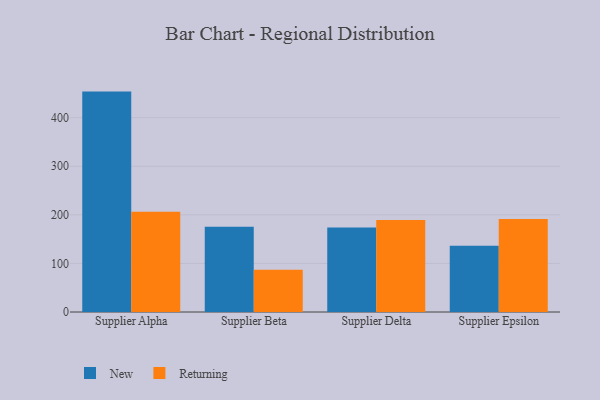
{"axis": {"x": "Supplier", "y": "Tickets Resolved"}, "legend": ["New", "Returning"], "data": [{"x": "Supplier Alpha", "y": 453.7, "type": "New"}, {"x": "Supplier Alpha", "y": 206.2, "type": "Returning"}, {"x": "Supplier Beta", "y": 175.6, "type": "New"}, {"x": "Supplier Beta", "y": 87.0, "type": "Returning"}, {"x": "Supplier Delta", "y": 173.7, "type": "New"}, {"x": "Supplier Delta", "y": 189.5, "type": "Returning"}, {"x": "Supplier Epsilon", "y": 136.4, "type": "New"}, {"x": "Supplier Epsilon", "y": 191.6, "type": "Returning"}]}